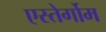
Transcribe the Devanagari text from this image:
एस्तेर्गोम